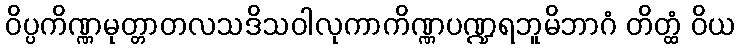
ဝိပ္ပကိဏ္ဏမုတ္တာတလသဒိသဝါလုကာကိဏ္ဏပဏ္ဍရဘူမိဘာဂံ တိတ္ထံ ဝိယ